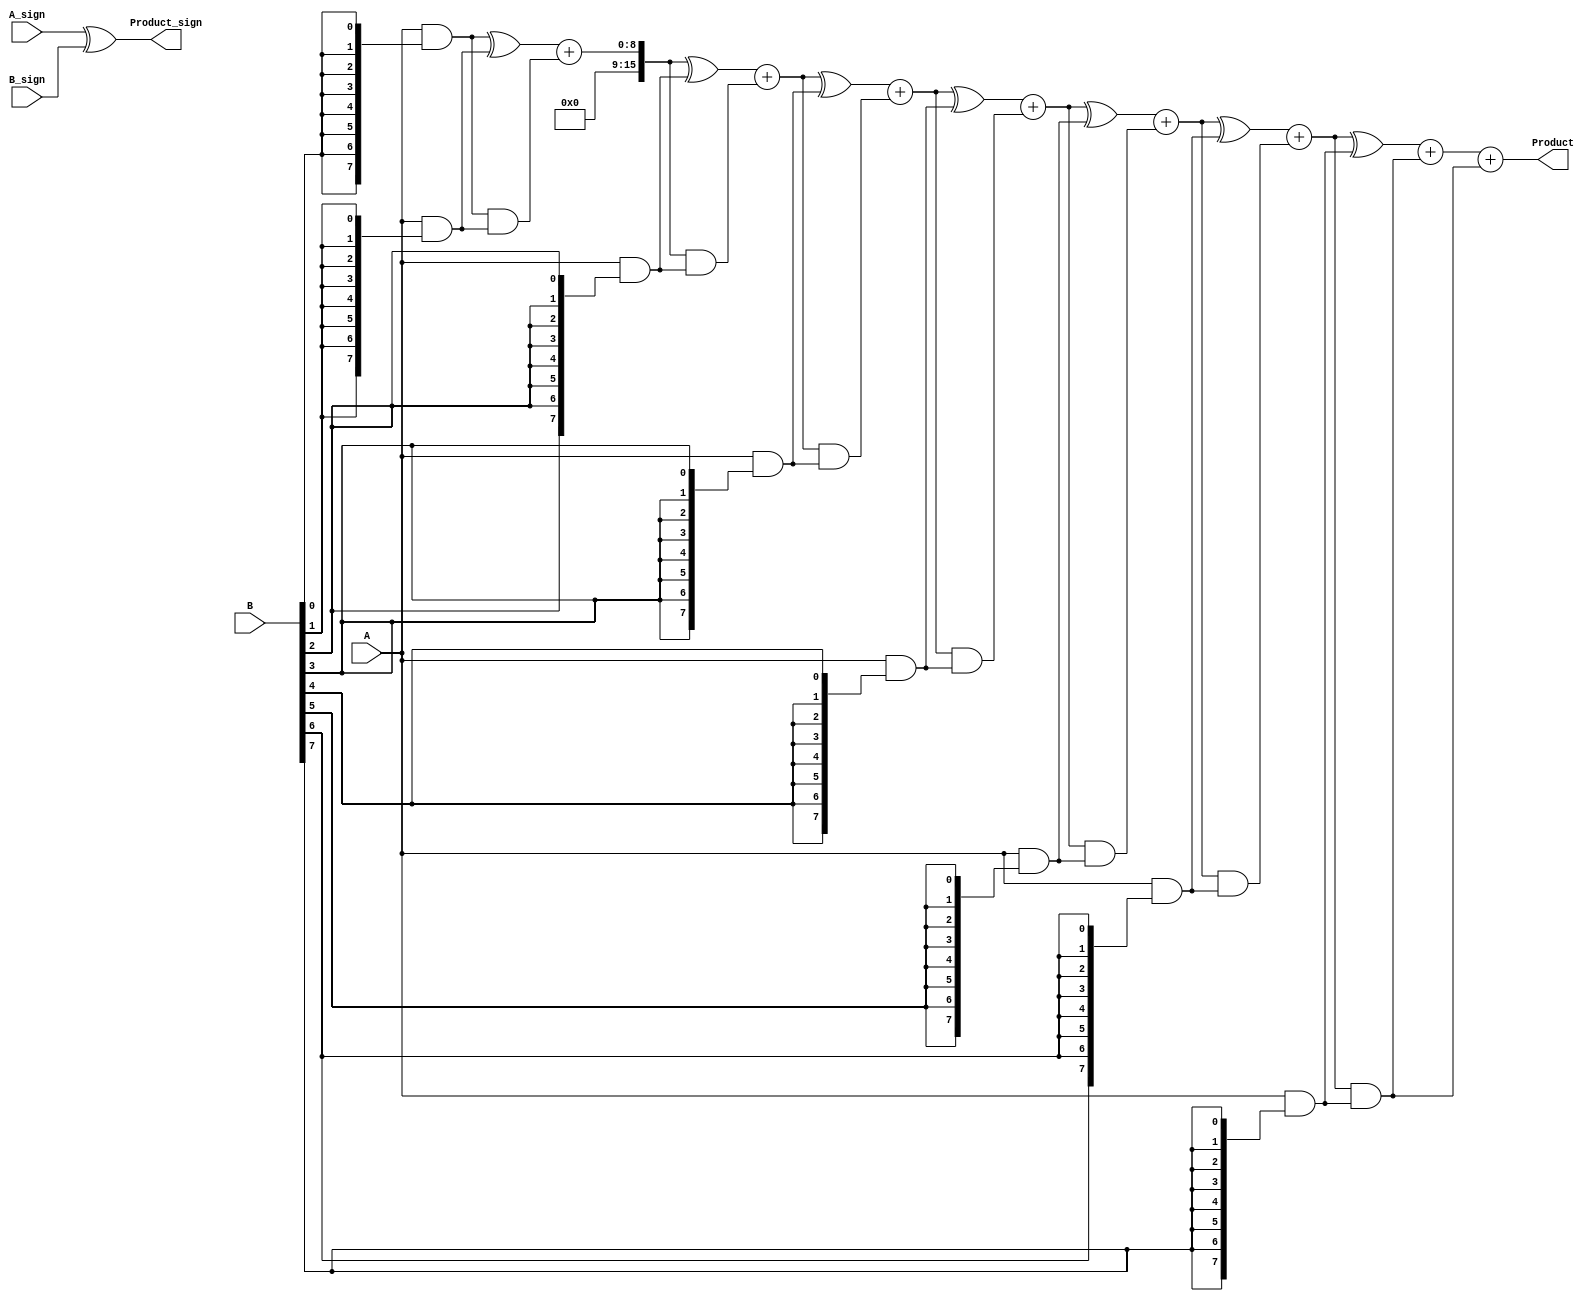
module WallaceTreeMultiplier #(
    parameter N = 8, // Number of bits for operand A
    parameter M = 8  // Number of bits for operand B
)(
    input [N-1:0] A,           // First fixed-point operand
    input [M-1:0] B,           // Second fixed-point operand
    input A_sign,              // Sign bit of operand A
    input B_sign,              // Sign bit of operand B
    output reg [N+M-1:0] Product, // Fixed-point product output
    output reg Product_sign     // Sign bit of the resultant product
);

    // Generate Partial Products
    wire [N-1:0] partial_products[M-1:0];

    genvar i;
    generate
        for (i = 0; i < M; i = i + 1) begin : gen_partial_products
            assign partial_products[i] = A & {N{B[i]}}; // AND operation for partial products
        end
    endgenerate

    // Wallace Tree Reduction
    wire [N+M-1:0] sum_stage [M-1:0];
    wire [N+M-1:0] carry_stage [M-1:0];

    // Initial assignment for the first stage
    assign sum_stage[0] = partial_products[0];
    assign carry_stage[0] = {1'b0, 1'b0}; // No initial carry

    // Full Adder and Half Adder reduction
    generate
        for (i = 1; i < M; i = i + 1) begin : reduce_stage
            wire [N+M-1:0] sum;
            wire [N+M-1:0] carry;

            // Half Adder for the first two bits
            assign sum = sum_stage[i-1] ^ partial_products[i];
            assign carry = sum_stage[i-1] & partial_products[i];

            // Store the results for the next stage
            assign sum_stage[i] = sum + carry; // This is a simplification for the example
            assign carry_stage[i] = carry;      // This is a simplification for the example
        end
    endgenerate

    // Final Addition
    wire [N+M-1:0] final_sum;
    wire [N+M-1:0] final_carry;

    assign final_sum = sum_stage[M-1]; // Last stage sum
    assign final_carry = carry_stage[M-1]; // Last stage carry

    // Combine final results
    always @(*) begin
        Product = final_sum + final_carry; // Final product
        Product_sign = A_sign ^ B_sign; // Determine product sign
    end

endmodule